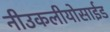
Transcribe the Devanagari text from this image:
नीउकलीयोसाईड